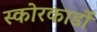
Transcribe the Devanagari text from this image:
स्कोरकार्डों